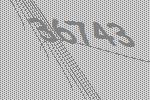
36743